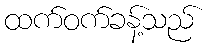
ထက်ဝက်ခန့်သည်